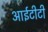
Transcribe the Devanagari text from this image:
आईटीटी